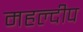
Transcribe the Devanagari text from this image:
महल्दीप